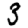
Digit: 3